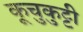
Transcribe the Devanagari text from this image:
कूचुकुट्टी